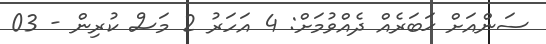
ސަންއަށް ޚަބަރެއް ދެއްވުމަށް: 4 އަހަރު 2 މަސް ކުރިން - 03